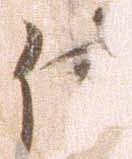
使